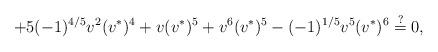
LaTeX: \begin{align*}+5(-1)^{4/5}v^2(v^*)^4+v(v^*)^5+v^6(v^*)^5-(-1)^{1/5}v^5(v^*)^6\stackrel{?}{=}0,\end{align*}